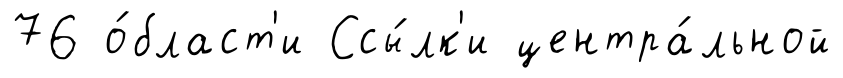
76 о́бласт'и Ссы́лк'и центра́льной